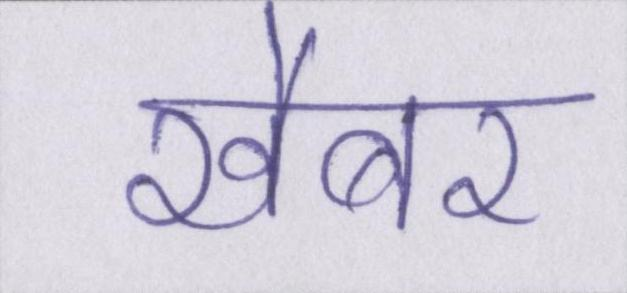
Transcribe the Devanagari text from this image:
खैबर